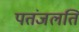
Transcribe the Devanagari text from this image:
पतंजलति